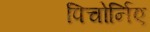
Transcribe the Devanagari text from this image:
पिचोर्निए